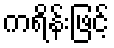
ကရိန်းဖြင့်